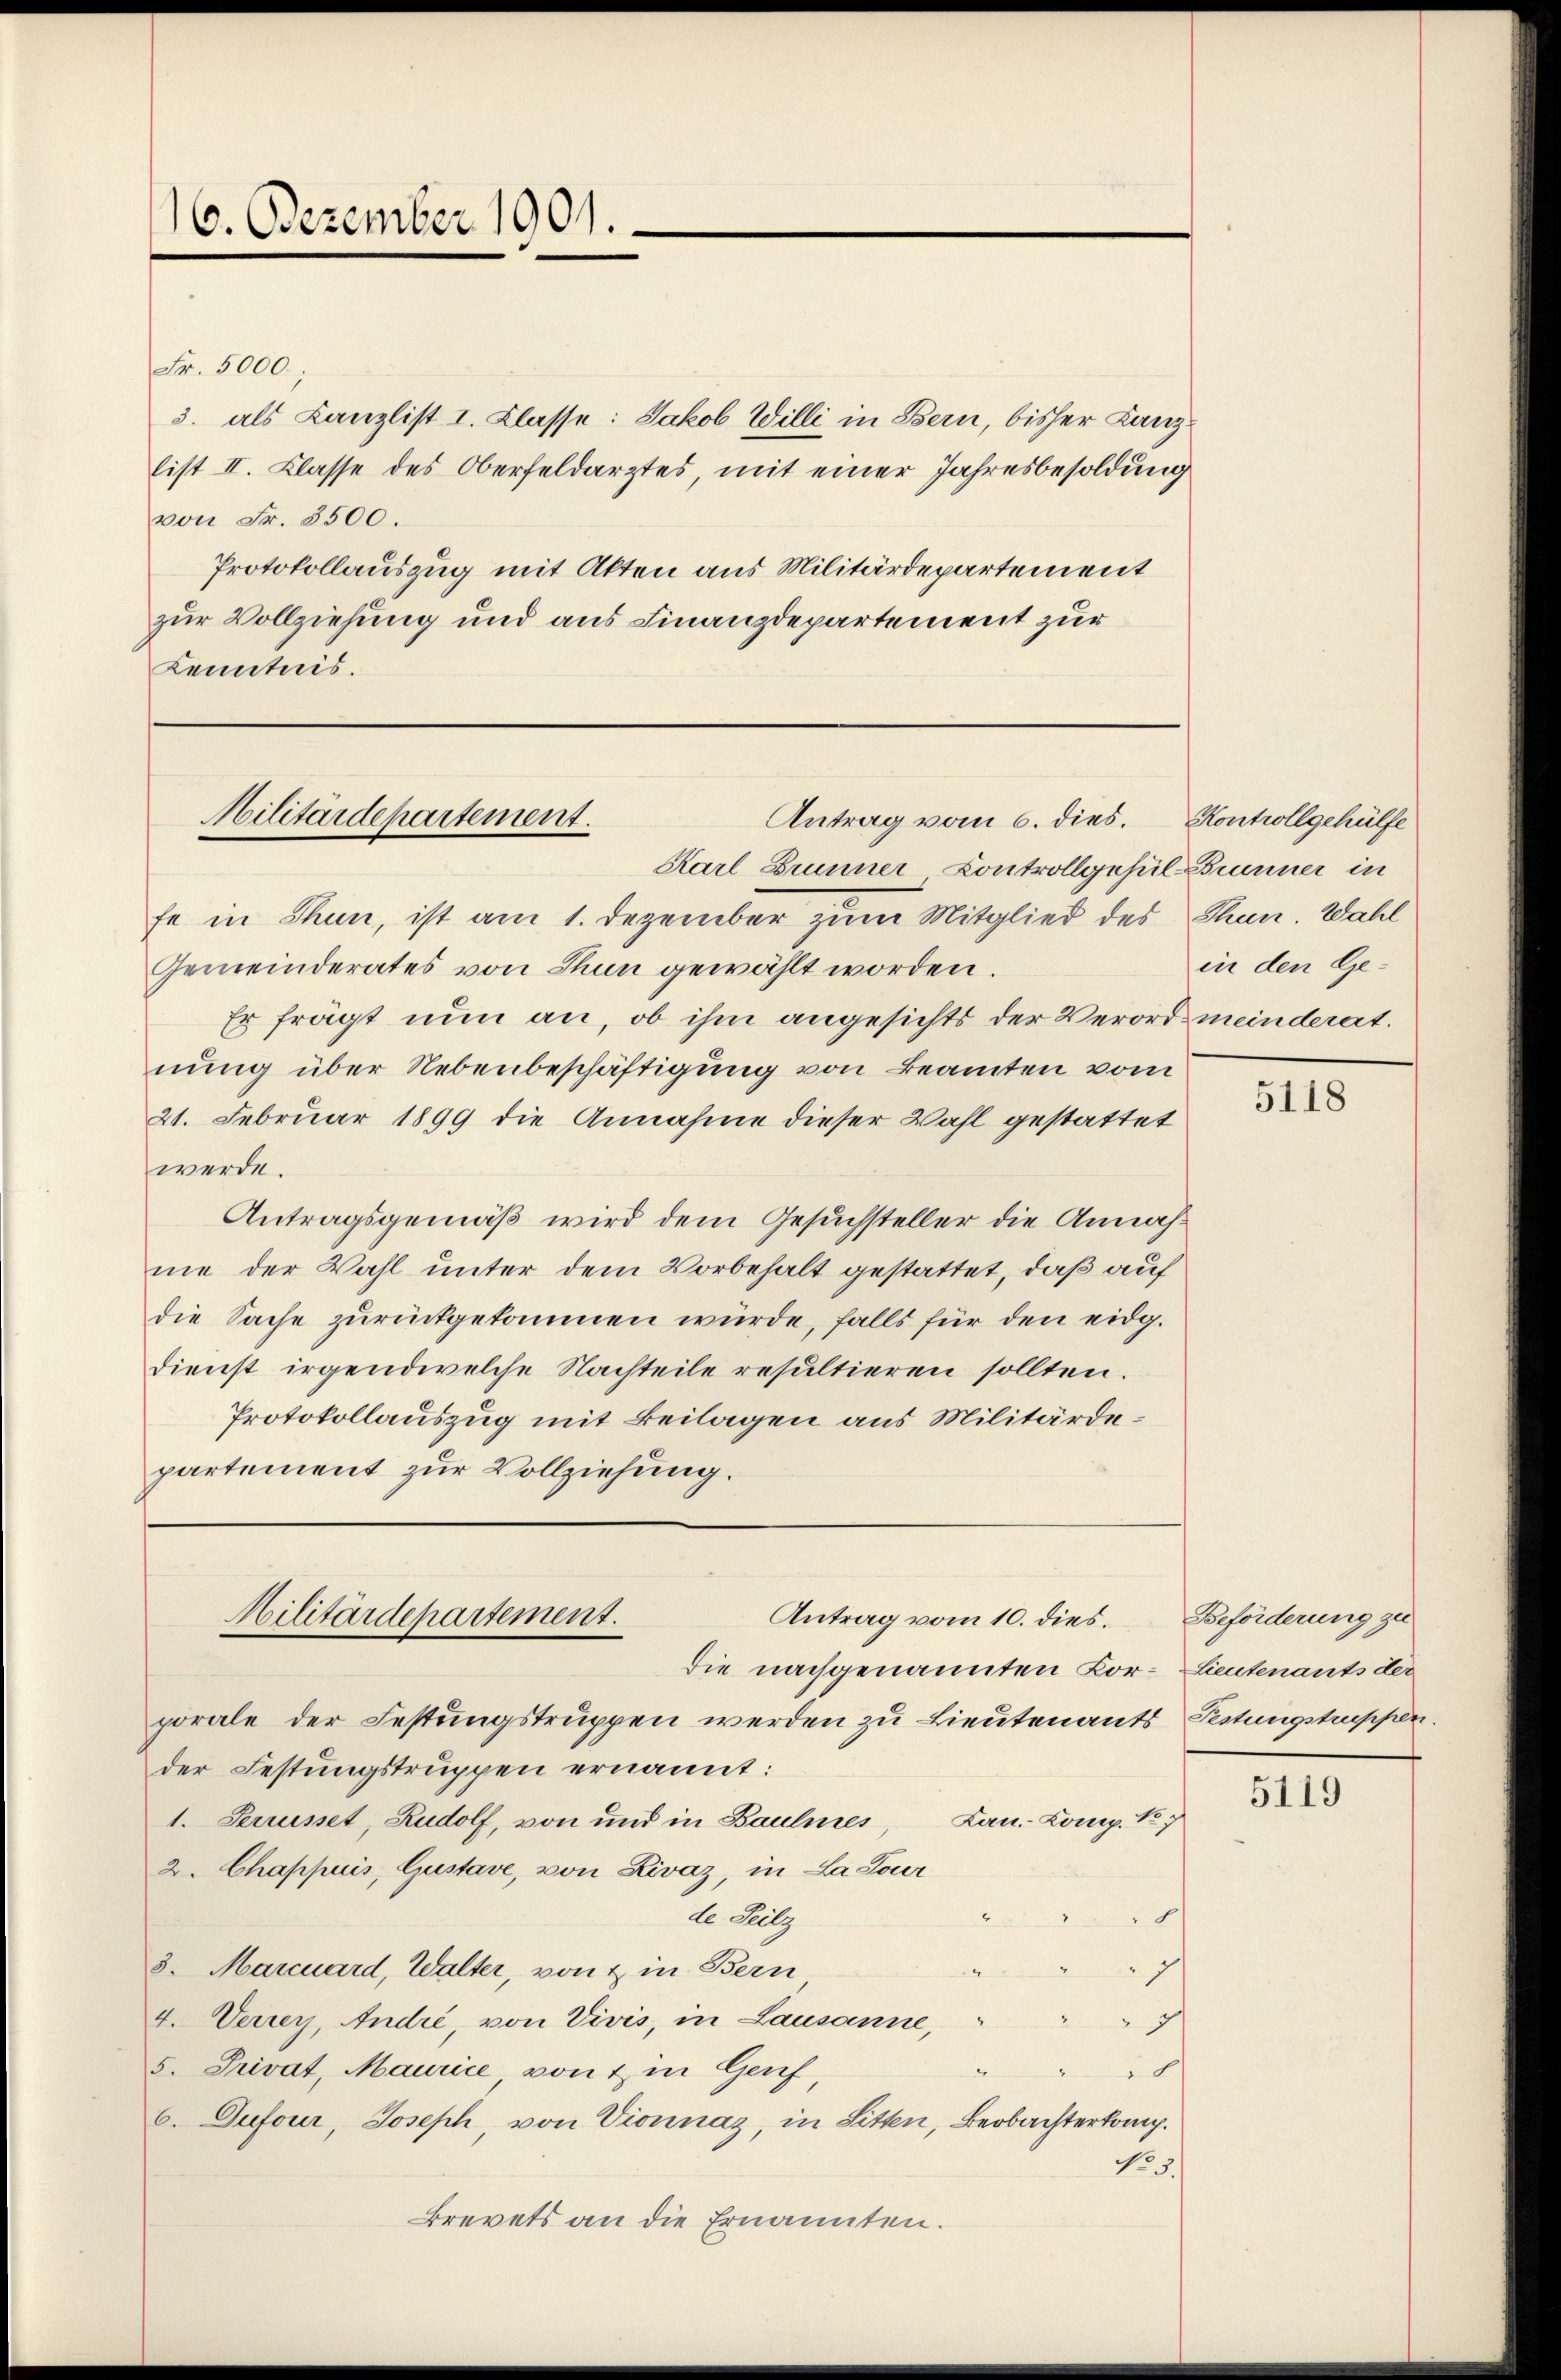
16. Dezember 1901.

Fr. 5000.
3. als Kanzlist I. Klasse: Jakob Willi in Bern, bisher Kanzlist II. Klasse des Oberfeldarztes, mit einer Jahresbesoldung
von Fr. 3500.
Protokollauszug mit Akten aus Militärdepartement
zur Vollziehung und aus Finanzdepartement zur
Kenntnis.

Militärdepartement.
Antrag vom 6. dies. Kontrollgehülfe

Antrag vom 10. dies. Beförderung zu
Militärdepartement.
die nachgenannten Kor¬

Karl Brunner Controllgasul Brunner in
fe in Thun, ist am 1. Dezember zum Mitglied des Thun. Wahl
Gemeinderates von Thun gewählt worden.
Er frägt nun an, ob ihm angesichts der Verord meinderat.
nung über Nebenbeschäftigung von Beamten vom
21. Februar 1899 die Annahme dieser Wahl gestattet
werde.
Antragsgemäß wird dem Gesuchsteller die Annahme der Wahl unter dem Vorbehalt gestattet, daß auf
die Sache zurückgekommen würde, falls für den eidg.
dienst irgendwelche Nachteile resultieren sollten.
Protokollauszug mit Beilagen aus Militärdepartement zur Vollziehung.

porale der Festungstruppen werden zu Lieutenants Festungstruppen.
der Festungstruppen ernannt:
Lau-Comp. No 7
1. Preusset, Rudolf, von und in Baumes,
2. Chappuis, Gustave, von Livaz, in La Soier
de Teilz
3. Marcuard, Walter, von & in Bern
7
4. Verrey, Andre, von Vivis, in Lausanne,
7
5. Privat, Maurice von & in Genf,
x
6. Dufour, Joseph, von Vionnaz, in Sitten, Beobachterkamp.
No. 3.
Brevets an die Ernannten.

in den Ge¬

5118

Lieutenants der

5119